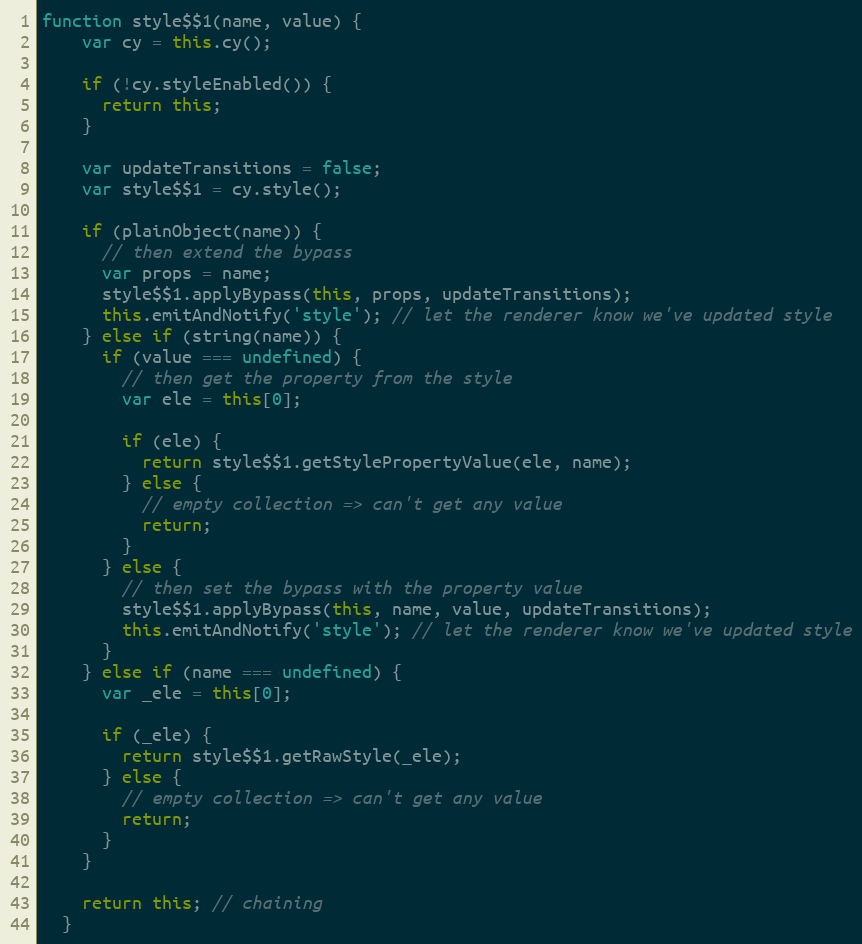
Language: JavaScript
function style$$1(name, value) {
    var cy = this.cy();

    if (!cy.styleEnabled()) {
      return this;
    }

    var updateTransitions = false;
    var style$$1 = cy.style();

    if (plainObject(name)) {
      // then extend the bypass
      var props = name;
      style$$1.applyBypass(this, props, updateTransitions);
      this.emitAndNotify('style'); // let the renderer know we've updated style
    } else if (string(name)) {
      if (value === undefined) {
        // then get the property from the style
        var ele = this[0];

        if (ele) {
          return style$$1.getStylePropertyValue(ele, name);
        } else {
          // empty collection => can't get any value
          return;
        }
      } else {
        // then set the bypass with the property value
        style$$1.applyBypass(this, name, value, updateTransitions);
        this.emitAndNotify('style'); // let the renderer know we've updated style
      }
    } else if (name === undefined) {
      var _ele = this[0];

      if (_ele) {
        return style$$1.getRawStyle(_ele);
      } else {
        // empty collection => can't get any value
        return;
      }
    }

    return this; // chaining
  }